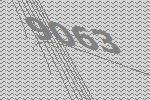
9063